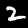
Label: 2